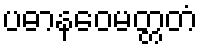
ပဓာနဝေမတ္တတံ